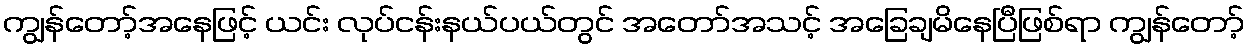
ကျွန်တော့်အနေဖြင့် ယင်း လုပ်ငန်းနယ်ပယ်တွင် အတော်အသင့် အခြေချမိနေပြီဖြစ်ရာ ကျွန်တော့်